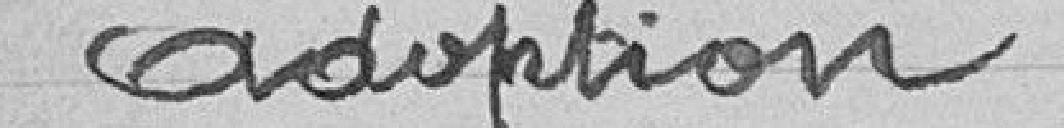
Adoption